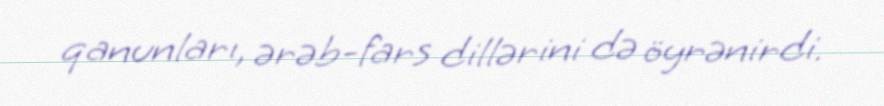
qanunları, ərəb-fars dillərini də öyrənirdi.